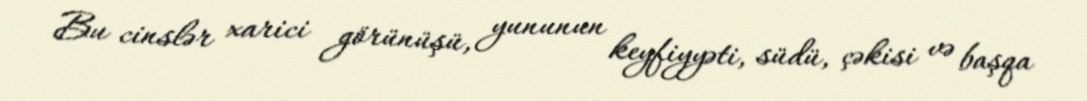
Bu cinslər xarici görünüşü, yununun keyfiyyəti, südü, çəkisi və başqa